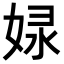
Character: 𡝘